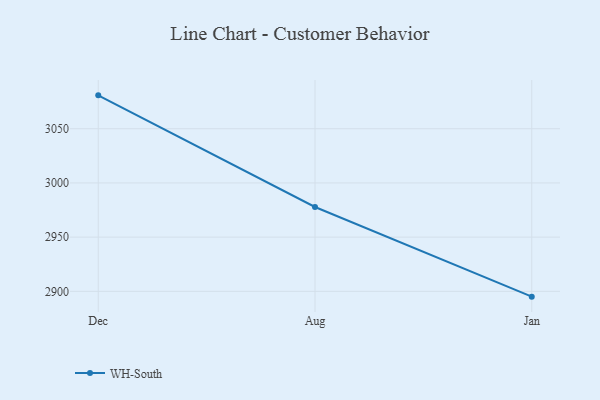
{"axis": {"x": "Month", "y": "Latency (ms)"}, "legend": ["WH-South"], "data": [{"x": "Dec", "y": 3080.8, "type": "WH-South"}, {"x": "Aug", "y": 2977.8, "type": "WH-South"}, {"x": "Jan", "y": 2895.1, "type": "WH-South"}]}